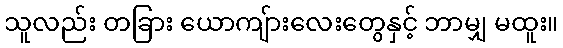
သူလည်း တခြား ယောကျ်ားလေးတွေနှင့် ဘာမျှ မထူး။